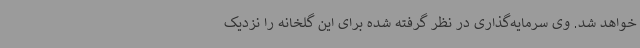
خواهد شد. وی سرمایه‌گذاری در نظر گرفته شده برای این گلخانه را نزدیک